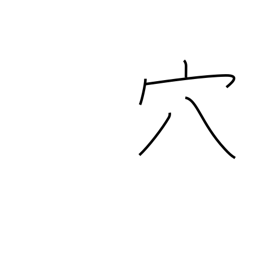
Meaning: aperture